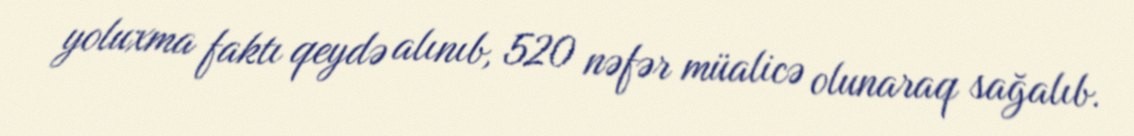
yoluxma faktı qeydə alınıb, 520 nəfər müalicə olunaraq sağalıb.